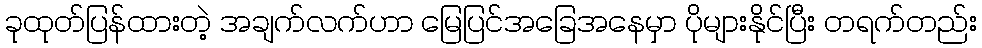
ခုထုတ်ပြန်ထားတဲ့ အချက်လက်ဟာ မြေပြင်အခြေအနေမှာ ပိုများနိုင်ပြီး တရက်တည်း